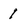
Character: 1